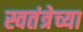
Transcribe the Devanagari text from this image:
स्वतंत्रेच्या